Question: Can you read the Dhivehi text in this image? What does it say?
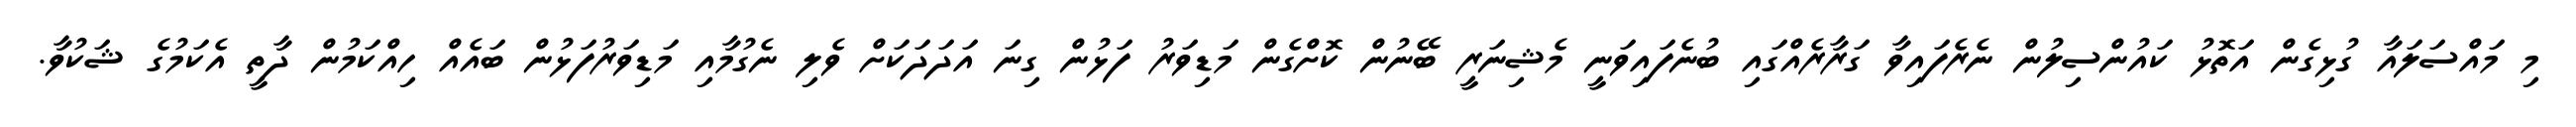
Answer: މި މައްސަލައާ ގުޅިގެން އަތޮޅު ކައުންސިލުން ނެރެފައިވާ ގަރާރެއްގައި ބުނެފައިވަނީ މެޝިނަރީ ބޭނުން ކޮށްގެން މަޑިވަރު ފަޅުން ގިނަ އަދަދަކަށް ވެލި ނެގުމާއި މަޑިވަރުފަޅުން ބައެއް ހިއްކަމުން ދާތީ އެކަމުގެ ޝަކުވާ.